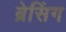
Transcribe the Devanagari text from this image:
ब्रेसिंग